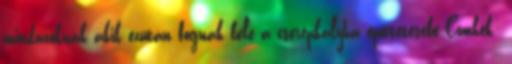
mindazoknak akik ezután fognak bele a cserépkályha építtetésébe Címkék: